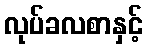
လုပ်ခလစာနှင့်